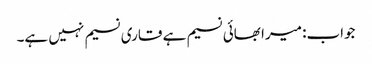
جواب: میرا بھائی نسیم ہے قاری نسیم نہیں ہے۔